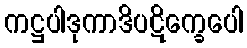
ကဋ္ဌပါဒုကာဒိပဋိက္ခေပေါ